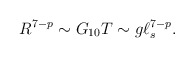
\begin{align*}R^{7-p} \sim G_{10} T \sim g \ell_s^{7-p}.\end{align*}